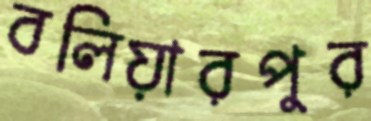
বলিয়ারপুর